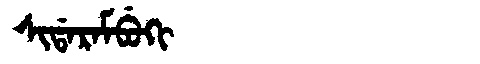
Manchu: ᠰᡳᡩᠠᡵᠠᠮᠪᡠᡴᡳ
Romanization: SIDARAMBUKI